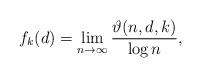
LaTeX: \begin{align*} f_k(d)=\lim_{n\rightarrow \infty}\frac{\vartheta(n,d,k)}{\log n},\end{align*}